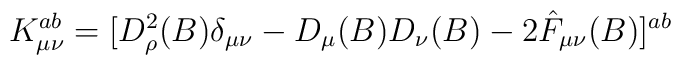
K^{ab}_{\mu\nu} = [D^2_{\rho} (B) \delta_{\mu\nu} -D_{\mu} (B) D_{\nu} (B) - 2 \hat{F}_{\mu\nu} (B)]^{ab}